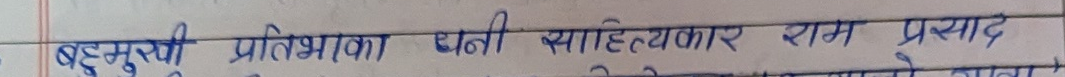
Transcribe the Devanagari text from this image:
बड्डुसुरी प्रतिभाका धनी साहित्यकार राम प्रसाद